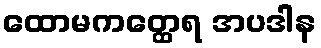
ထောမကတ္ထေရ အပဒါန